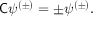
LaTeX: { \mathsf { C } } \psi ^ { ( \pm ) } = \pm \psi ^ { ( \pm ) } .